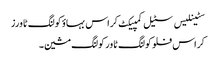
سٹینلیس سٹیل کمپیکٹ کراس بہاؤ کولنگ ٹاورز
کراس فلو کولنگ ٹاور کولنگ مشین۔